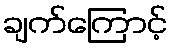
ချက်ကြောင့်